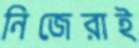
নিজেরাই